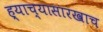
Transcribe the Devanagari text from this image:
ह्याच्यासारखाच